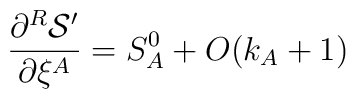
\frac{\partial^R{\cal S}'}{\partial\xi^A }= S_A^0 + O(k_A+1)